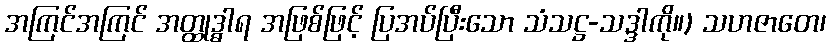
အကြင်အကြင် အတ္ထုဒ္ဓါရ အဖြစ်ဖြင့် ပြအပ်ပြီးသော သံသဋ္ဌ-သဒ္ဒါကို။) သဟဇာတေ၊